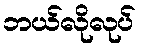
ဘယ်လိုလုပ်